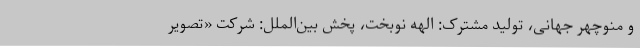
و منوچهر جهانی، تولید مشترک: الهه نوبخت، پخش بین‌الملل: شرکت «تصویر